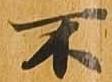
不